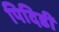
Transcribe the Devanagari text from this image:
पिदिडी